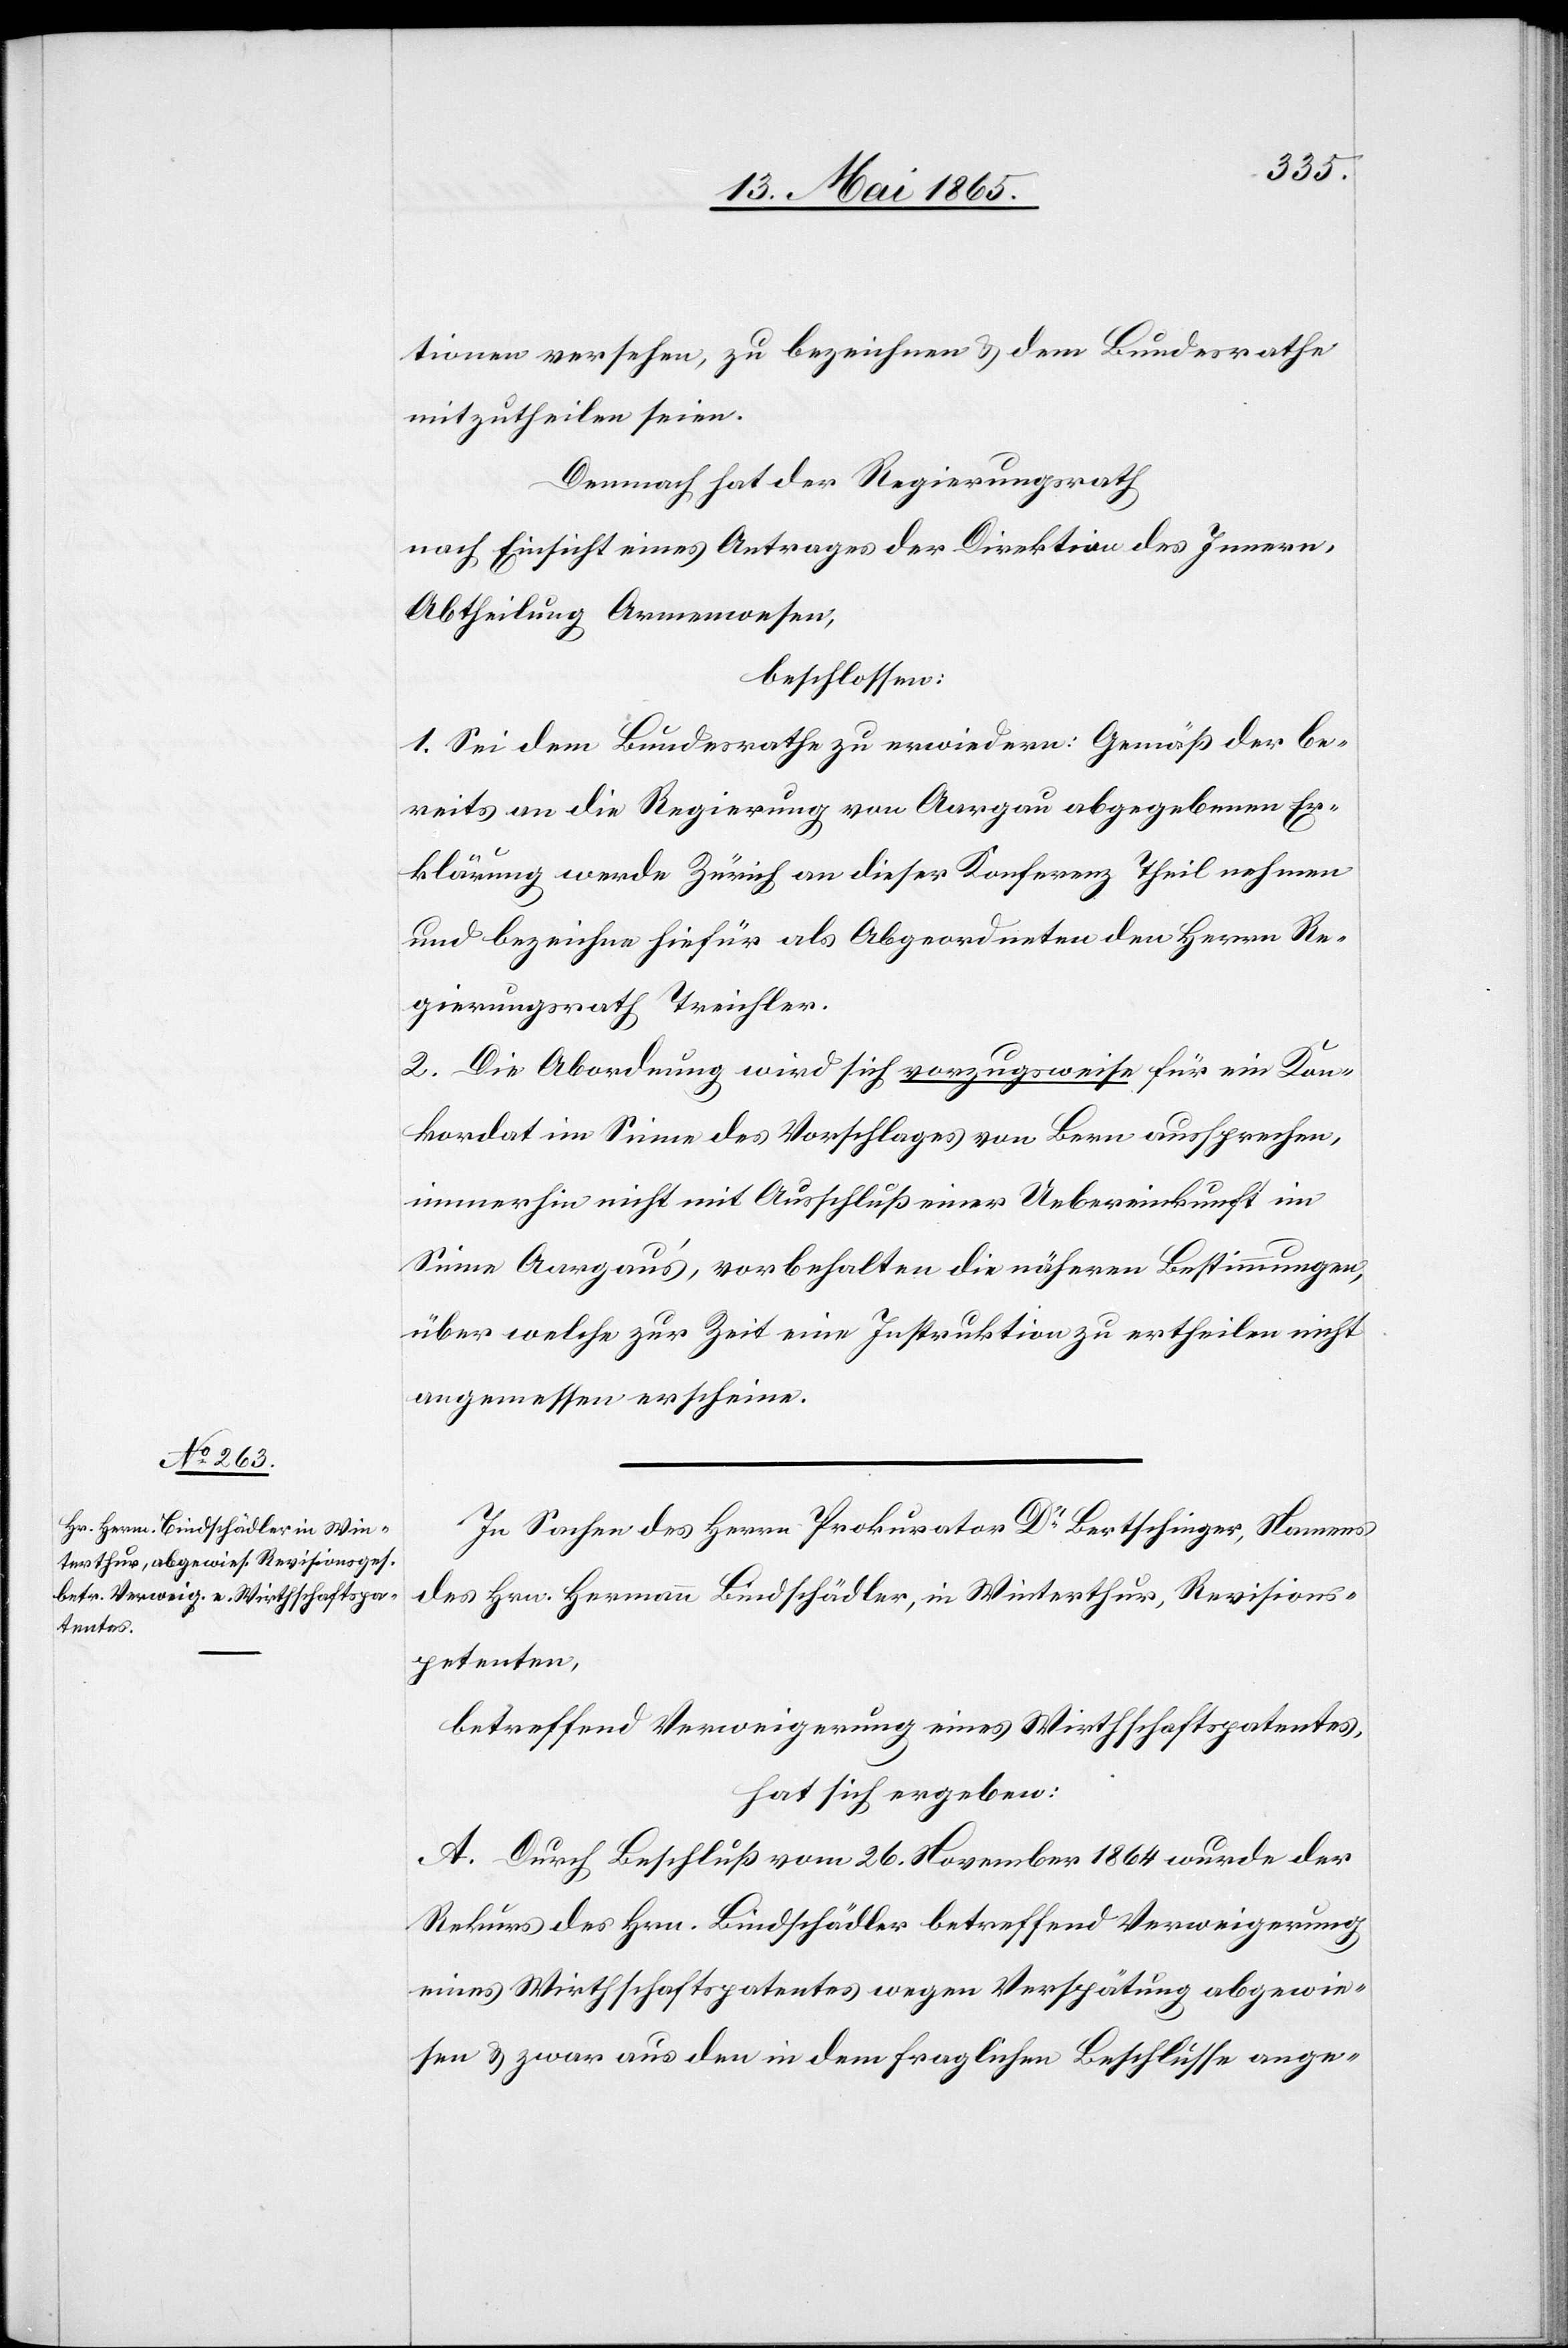
tionen versehen, zu bezeichnen & dem Bundesrathe
mitzutheilen seien.
Demnach hat der Regierungsrath
nach Einsicht eines Antrages der Direktion des Innern,
Abtheilung Armenwesen,
beschlossen:
1. Sei dem Bundesrathe zu erwiedern: Gemäß der be¬
reits an die Regierung von Aargau abgegebenen Er¬
klärung werde Zürich an dieser Konferenz Theil nehmen
und bezeichne hiefür als Abgeordneten den Herrn Re¬
gierungsrath Treichler.
2. Die Abordnung wird sich vorzugsweise für ein Kon¬
kordat im Sinne des Vorschlages von Bern aussprechen,
immerhin nicht mit Ausschluß einer Uebereinkunft im
Sinne Aargau’s, vorbehalten die näheren Bestimmungen,
über welche zur Zeit eine Instruktion zu ertheilen nicht
angemessen erscheine.
In Sachen des Herrn Prokurator Dr Bertschinger, Namens
des Hrn. Hermann Bindschädler, in Winterthur, Revisions¬
petenten,
betreffend Verweigerung eines Wirthschaftspatentes,
hat sich ergeben:
A. Durch Beschluß vom 26. November 1864 wurde der
Rekurs des Hrn. Bindschädler betreffend Verweigerung
eines Wirthschafstpatentes wegen Verspätung abgewie¬
sen & zwar aus den in dem fraglichen Beschlusse ange-